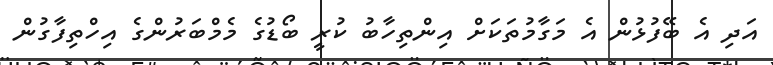
އަދި އެ ބޭފުޅުން އެ މަގާމުތަކަށް އިންތިހާބު ކުރީ ބޯޑުގެ މެމްބަރުންގެ އިހްތިފާގުން